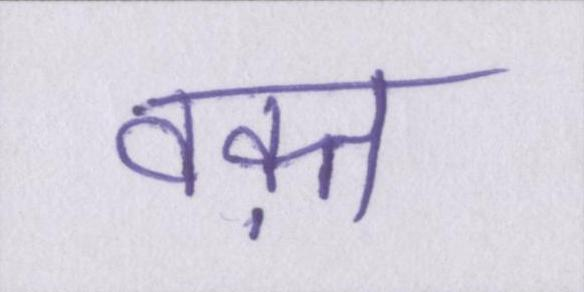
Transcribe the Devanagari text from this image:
वक़्त